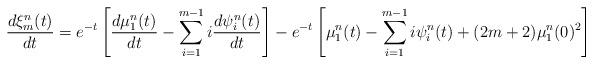
LaTeX: \begin{align*}\frac{d\xi^{n}_m(t)}{dt}=e^{-t}\left[\frac{d\mu^{n}_1(t)}{dt}-\sum_{i=1}^{m-1} i\frac{d\psi^{n}_i(t)}{dt}\right]-e^{-t}\left[\mu^{n}_1(t)-\sum_{i=1}^{m-1}i\psi^{n}_i(t)+(2m+2)\mu^{n}_1(0)^2\right]\end{align*}